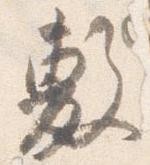
敷